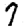
Digit: 7